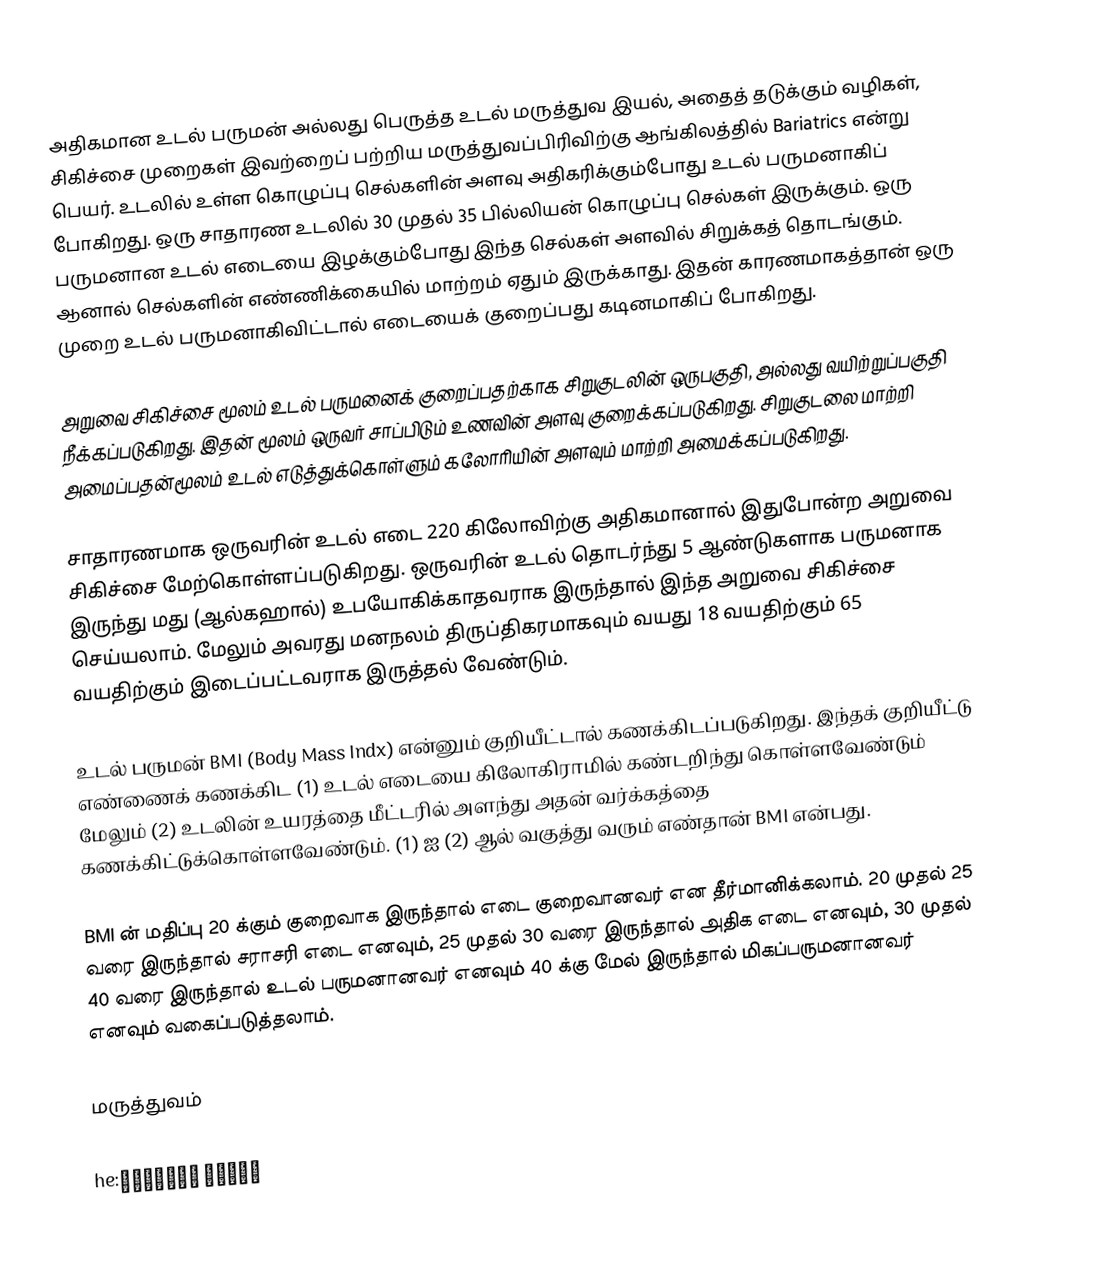
அதிகமான உடல் பருமன் அல்லது பெருத்த உடல் மருத்துவ இயல், அதைத் தடுக்கும் வழிகள், சிகிச்சை முறைகள் இவற்றைப் பற்றிய மருத்துவப்பிரிவிற்கு ஆங்கிலத்தில் Bariatrics என்று பெயர். உடலில் உள்ள கொழுப்பு செல்களின் அளவு அதிகரிக்கும்போது உடல் பருமனாகிப் போகிறது. ஒரு சாதாரண உடலில் 30 முதல் 35 பில்லியன் கொழுப்பு செல்கள் இருக்கும். ஒரு பருமனான உடல் எடையை இழக்கும்போது இந்த செல்கள் அளவில் சிறுக்கத் தொடங்கும். ஆனால் செல்களின் எண்ணிக்கையில் மாற்றம் ஏதும் இருக்காது. இதன் காரணமாகத்தான் ஒரு முறை உடல் பருமனாகிவிட்டால் எடையைக் குறைப்பது கடினமாகிப் போகிறது.

அறுவை சிகிச்சை மூலம் உடல் பருமனைக் குறைப்பதற்காக சிறுகுடலின் ஒருபகுதி, அல்லது வயிற்றுப்பகுதி நீக்கப்படுகிறது. இதன் மூலம் ஒருவர் சாப்பிடும் உணவின் அளவு குறைக்கப்படுகிறது. சிறுகுடலை மாற்றி அமைப்பதன்மூலம் உடல் எடுத்துக்கொள்ளும் கலோரியின் அளவும் மாற்றி அமைக்கப்படுகிறது.

சாதாரணமாக ஒருவரின் உடல் எடை 220 கிலோவிற்கு அதிகமானால் இதுபோன்ற அறுவை சிகிச்சை மேற்கொள்ளப்படுகிறது. ஒருவரின் உடல் தொடர்ந்து 5 ஆண்டுகளாக பருமனாக இருந்து மது (ஆல்கஹால்) உபயோகிக்காதவராக இருந்தால் இந்த அறுவை சிகிச்சை செய்யலாம். மேலும் அவரது மனநலம் திருப்திகரமாகவும் வயது 18 வயதிற்கும் 65 வயதிற்கும் இடைப்பட்டவராக இருத்தல் வேண்டும்.

உடல் பருமன் BMI (Body Mass Indx) என்னும் குறியீட்டால் கணக்கிடப்படுகிறது. இந்தக் குறியீட்டு எண்ணைக் கணக்கிட (1) உடல் எடையை கிலோகிராமில் கண்டறிந்து கொள்ளவேண்டும் மேலும் (2) உடலின் உயரத்தை மீட்டரில் அளந்து அதன் வர்க்கத்தை கணக்கிட்டுக்கொள்ளவேண்டும். (1) ஐ (2) ஆல் வகுத்து வரும் எண்தான் BMI என்பது.

BMI ன் மதிப்பு 20 க்கும் குறைவாக இருந்தால் எடை குறைவானவர் என தீர்மானிக்கலாம். 20 முதல் 25 வரை இருந்தால் சராசரி எடை எனவும், 25 முதல் 30 வரை இருந்தால் அதிக எடை எனவும், 30 முதல் 40 வரை இருந்தால் உடல் பருமனானவர் எனவும் 40 க்கு மேல் இருந்தால் மிகப்பருமனானவர் எனவும் வகைப்படுத்தலாம்.

மருத்துவம்

he:ניתוח בריאטרי